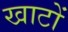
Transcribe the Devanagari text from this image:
खाटों